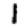
Digit: 1